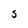
Character: S